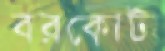
বরকোটা